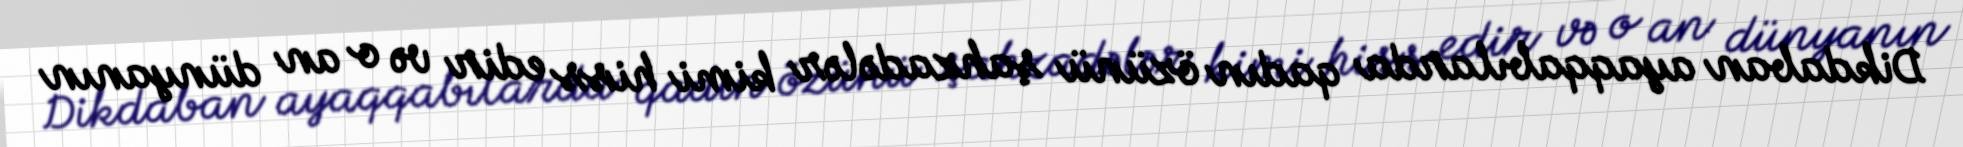
Dikdaban ayaqqabılarda qadın özünü şahzadələr kimi hiss edir və o an dünyanın